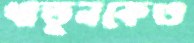
খাতুনকেও